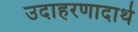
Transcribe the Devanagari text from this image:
उदाहरणादार्थ